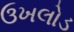
ઉખલોડ